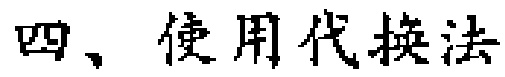
四、使用代换法